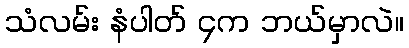
သံလမ်း နံပါတ် ၄က ဘယ်မှာလဲ။